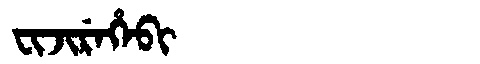
Manchu: ᠸᡳᠵᡳᡵᡝᡥᡝᠪᡳ
Romanization: FIJIREHEBI